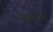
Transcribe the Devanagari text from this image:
आबालगोपमपि